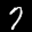
Label: 7